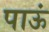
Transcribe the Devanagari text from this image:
पाऊं